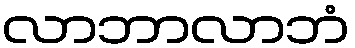
လာဘာလာဘံ